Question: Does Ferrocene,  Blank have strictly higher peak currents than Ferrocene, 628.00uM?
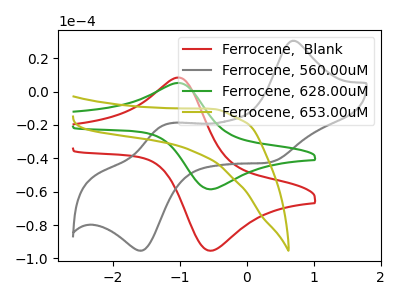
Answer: <think>The red curve "Ferrocene,  Blank" has an anodic peak at (-1.00V, 8.40uA) and a cathodic peak at (-0.50V, -95.35uA). The gray curve "Ferrocene, 560.00uM" has anodic peaks at (0.70V, 30.45uA) (-1.20V, -19.65uA) and cathodic peaks at (0.30V, -42.60uA) (-1.55V, -95.35uA). The green curve "Ferrocene, 628.00uM" has an anodic peak at (-1.00V, 5.15uA) and a cathodic peak at (-0.50V, -58.50uA). The olive curve "Ferrocene, 653.00uM" has no peaks.</think>
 <answer>Every peak in "Ferrocene,  Blank" is higher than every peak in "Ferrocene, 628.00uM".</answer>
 <eval>higher</eval>